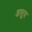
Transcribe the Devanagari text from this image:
असूय